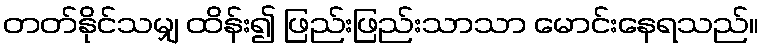
တတ်နိုင်သမျှ ထိန်း၍ ဖြည်းဖြည်းသာသာ မောင်းနေရသည်။